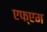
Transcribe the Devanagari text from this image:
एफ्एम